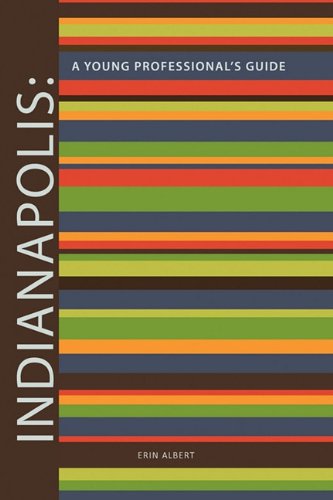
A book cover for Indianapolis: A Young Professional's Guide 2nd Edition; Erin Albert; Travel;